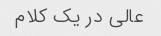
عالی در یک کلام